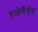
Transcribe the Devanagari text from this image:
एलेमैंगेन